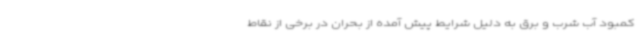
کمبود آب شرب و برق به دلیل شرایط پیش آمده از بحران در برخی از نقاط